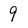
Character: 9